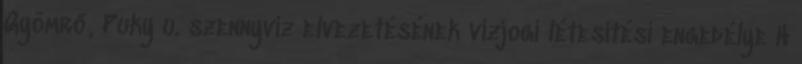
Gyömrő, Puky u. szennyvíz elvezetésének vízjogi létesítési engedélye H